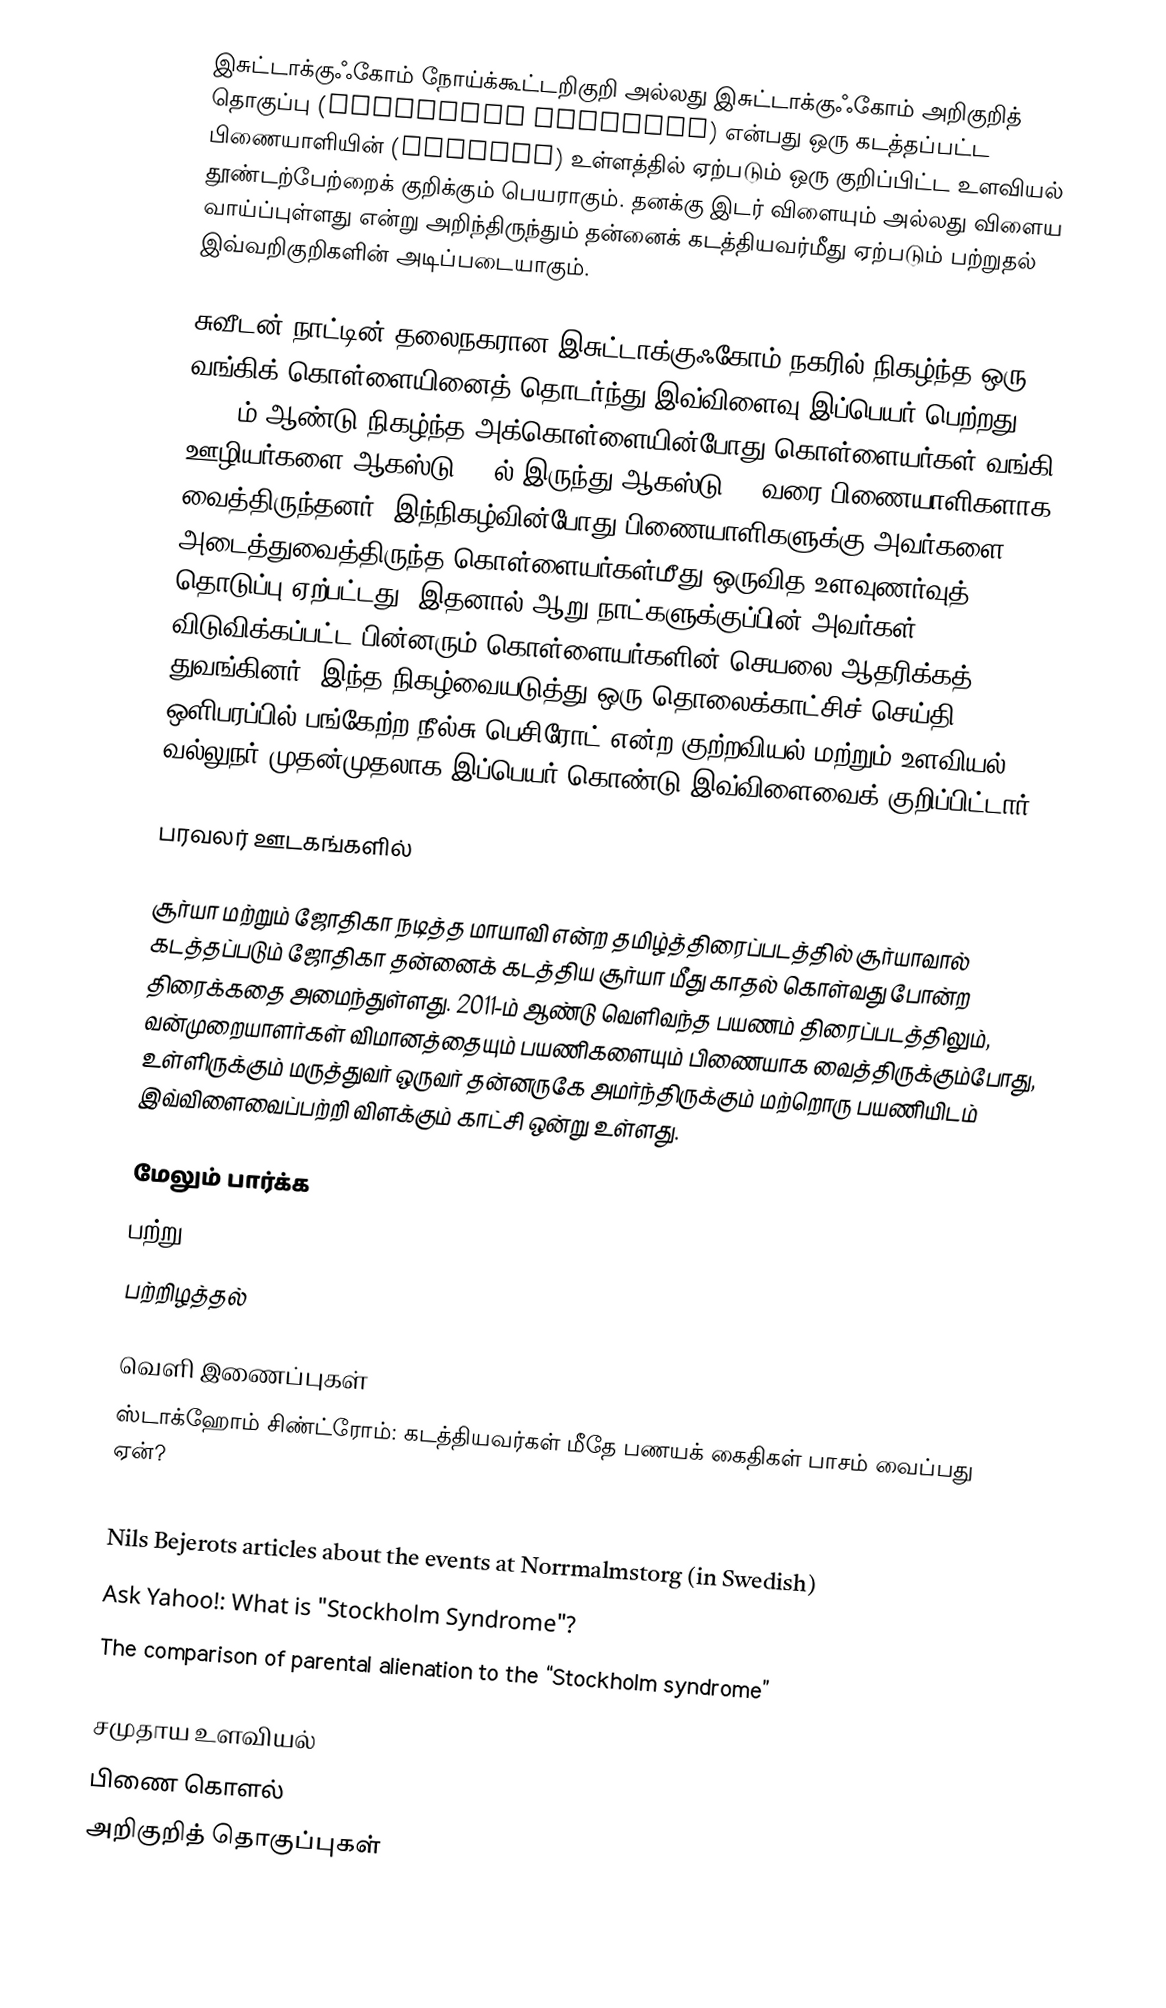
இசுட்டாக்குஃகோம் நோய்க்கூட்டறிகுறி அல்லது இசுட்டாக்குஃகோம் அறிகுறித் தொகுப்பு (Stockholm syndrome) என்பது ஒரு கடத்தப்பட்ட பிணையாளியின் (hostage) உள்ளத்தில் ஏற்படும் ஒரு குறிப்பிட்ட உளவியல் தூண்டற்பேற்றைக் குறிக்கும் பெயராகும். தனக்கு இடர் விளையும் அல்லது விளைய வாய்ப்புள்ளது என்று அறிந்திருந்தும் தன்னைக் கடத்தியவர்மீது ஏற்படும் பற்றுதல் இவ்வறிகுறிகளின் அடிப்படையாகும்.

சுவீடன் நாட்டின் தலைநகரான இசுட்டாக்குஃகோம் நகரில் நிகழ்ந்த ஒரு வங்கிக் கொள்ளையினைத் தொடர்ந்து இவ்விளைவு இப்பெயர் பெற்றது. 1973-ம் ஆண்டு நிகழ்ந்த அக்கொள்ளையின்போது கொள்ளையர்கள் வங்கி ஊழியர்களை ஆகஸ்டு 23-ல் இருந்து ஆகஸ்டு 28 வரை பிணையாளிகளாக வைத்திருந்தனர். இந்நிகழ்வின்போது பிணையாளிகளுக்கு அவர்களை அடைத்துவைத்திருந்த கொள்ளையர்கள்மீது ஒருவித உளவுணர்வுத் தொடுப்பு ஏற்பட்டது. இதனால் ஆறு நாட்களுக்குப்பின் அவர்கள் விடுவிக்கப்பட்ட பின்னரும் கொள்ளையர்களின் செயலை ஆதரிக்கத் துவங்கினர். இந்த நிகழ்வையடுத்து ஒரு தொலைக்காட்சிச் செய்தி ஒளிபரப்பில் பங்கேற்ற நீல்சு பெசிரோட் என்ற குற்றவியல் மற்றும் உளவியல் வல்லுநர் முதன்முதலாக இப்பெயர் கொண்டு இவ்விளைவைக் குறிப்பிட்டார்.

பரவலர் ஊடகங்களில்

சூர்யா மற்றும் ஜோதிகா நடித்த மாயாவி என்ற தமிழ்த்திரைப்படத்தில் சூர்யாவால் கடத்தப்படும் ஜோதிகா தன்னைக் கடத்திய சூர்யா மீது காதல் கொள்வது போன்ற திரைக்கதை அமைந்துள்ளது. 2011-ம் ஆண்டு வெளிவந்த பயணம் திரைப்படத்திலும், வன்முறையாளர்கள் விமானத்தையும் பயணிகளையும் பிணையாக வைத்திருக்கும்போது, உள்ளிருக்கும் மருத்துவர் ஒருவர் தன்னருகே அமர்ந்திருக்கும் மற்றொரு பயணியிடம் இவ்விளைவைப்பற்றி விளக்கும் காட்சி ஒன்று உள்ளது.

மேலும் பார்க்க
 பற்று
 பற்றிழத்தல்

வெளி இணைப்புகள்
ஸ்டாக்ஹோம் சிண்ட்ரோம்: கடத்தியவர்கள் மீதே பணயக் கைதிகள் பாசம் வைப்பது ஏன்?
 Love and Stockholm Syndrome: The Mystery of Loving an Abuser Psychologist Dr Joseph Carver, writing at CounsellingResource.com
 Nils Bejerots articles about the events at Norrmalmstorg  (in Swedish)
 Ask Yahoo!: What is "Stockholm Syndrome"?
 The comparison of parental alienation to the “Stockholm syndrome”

சமுதாய உளவியல்
பிணை கொளல்
அறிகுறித் தொகுப்புகள்